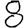
Digit: 8